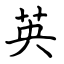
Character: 英